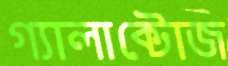
গ্যালাক্টোজ